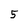
Character: 5